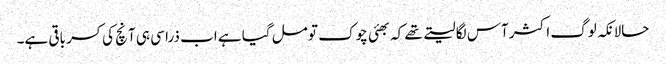
حالانکہ لوگ اکثر آس لگا لیتے تھے کہ بھئی چوک تو مل گیا ہے اب ذرا سی ہی آنچ کی کسر باقی ہے۔